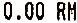
0.00 RM